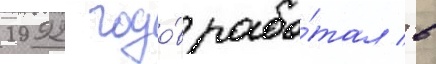
1992 годо́в рабо́тал в